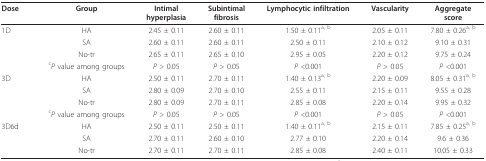
| Dose | Group | Intimalhyperplasia | Subintimalfibrosis | Lymphocytic infiltration | Vascularity | Aggregatescore |
 | --- | --- | --- | --- | --- | --- | --- |
 | 1D | HA | 2.45 ± 0.11 | 2.60 ± 0.11 | 1.50 ± 0.11a, b | 2.05 ± 0.11 | 7.80 ± 0.26a, b |
 |  | SA | 2.60 ± 0.11 | 2.60 ± 0.11 | 2.50 ± 0.11 | 2.10 ± 0.12 | 9.10 ± 0.31 |
 |  | No-tr | 2.65 ± 0.11 | 2.65 ± 0.10 | 2.95 ± 0.05 | 2.20 ± 0.12 | 9.75 ± 0.24 |
 |  | cP value among groups | P > 0.05 | P > 0.05 | P <0.001 | P > 0.05 | P <0.001 |
 | 3D | HA | 2.50 ± 0.11 | 2.70 ± 0.11 | 1.40 ± 0.13a, b | 2.20 ± 0.09 | 8.05 ± 0.31a, b |
 |  | SA | 2.80 ± 0.09 | 2.70 ± 0.10 | 2.55 ± 0.11 | 2.15 ± 0.11 | 9.55 ± 0.28 |
 |  | No-tr | 2.80 ± 0.09 | 2.70 ± 0.11 | 2.85 ± 0.08 | 2.20 ± 0.14 | 9.95 ± 0.32 |
 |  | cP value among groups | P > 0.05 | P > 0.05 | P <0.001 | P > 0.05 | P <0.001 |
 | 3D6d | HA | 2.50 ± 0.11 | 2.50 ± 0.11 | 1.40 ± 0.11a, b | 2.15 ± 0.11 | 7.85 ± 0.25a, b |
 |  | SA | 2.70 ± 0.11 | 2.60 ± 0.10 | 2.77 ± 0.10 | 2.20 ± 0.14 | 9.6 ± 0.36 |
 |  | No-tr | 2.70 ± 0.11 | 2.70 ± 0.11 | 2.85 ± 0.08 | 2.40 ± 0.11 | 10.05 ± 0.33 |